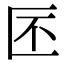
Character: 𠤯